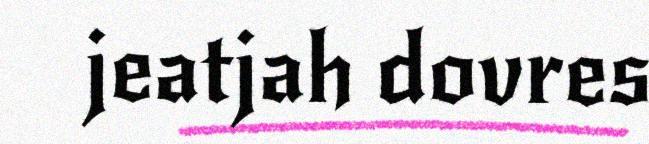
jeatjah dovres